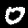
Label: 0